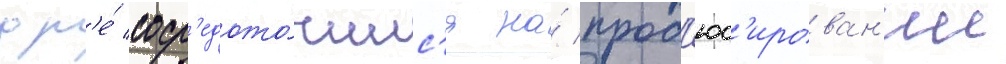
др'е́ соср'едото́чилс'я на́ прод'юс'ирован'ии